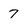
Character: 7